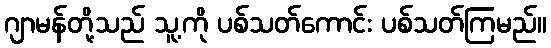
ဂျာမန်တို့သည် သူ့ကို ပစ်သတ်ကောင်း ပစ်သတ်ကြမည်။